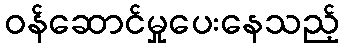
ဝန်ဆောင်မှုပေးနေသည့်